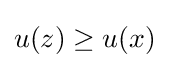
u(z)\geq u(x)